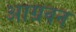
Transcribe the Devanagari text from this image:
आग्रवन